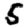
Digit: 5